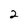
Character: 2